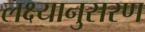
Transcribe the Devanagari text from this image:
लक्ष्यानुसरण